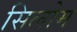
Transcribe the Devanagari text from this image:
सिलोम